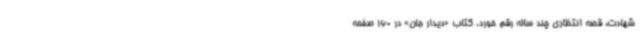
شهادت، قصه انتظاری چند ساله رقم خورد. کتاب «دیدار جان» در 160 صفحه